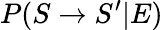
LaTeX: P(S\rightarrow S^{\prime}|E)